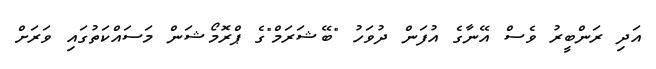
އަދި ރަންބީރު ވެސް އޭނާގެ އުފަން ދުވަހު "ބޭޝަރަމް"ގެ ޕްރޮމޯޝަން މަސައްކަތުގައި ވަރަަށް